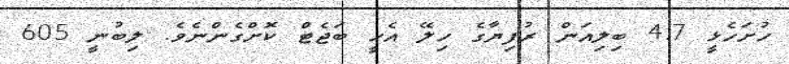
ހުށަހެޅީ 4.7 ބިލިއަން ރުފިޔާގެ ހިލޭ އެހީ ބަޖެޓް ކޮށްގެންނެވެ. ލިބުނީ 605